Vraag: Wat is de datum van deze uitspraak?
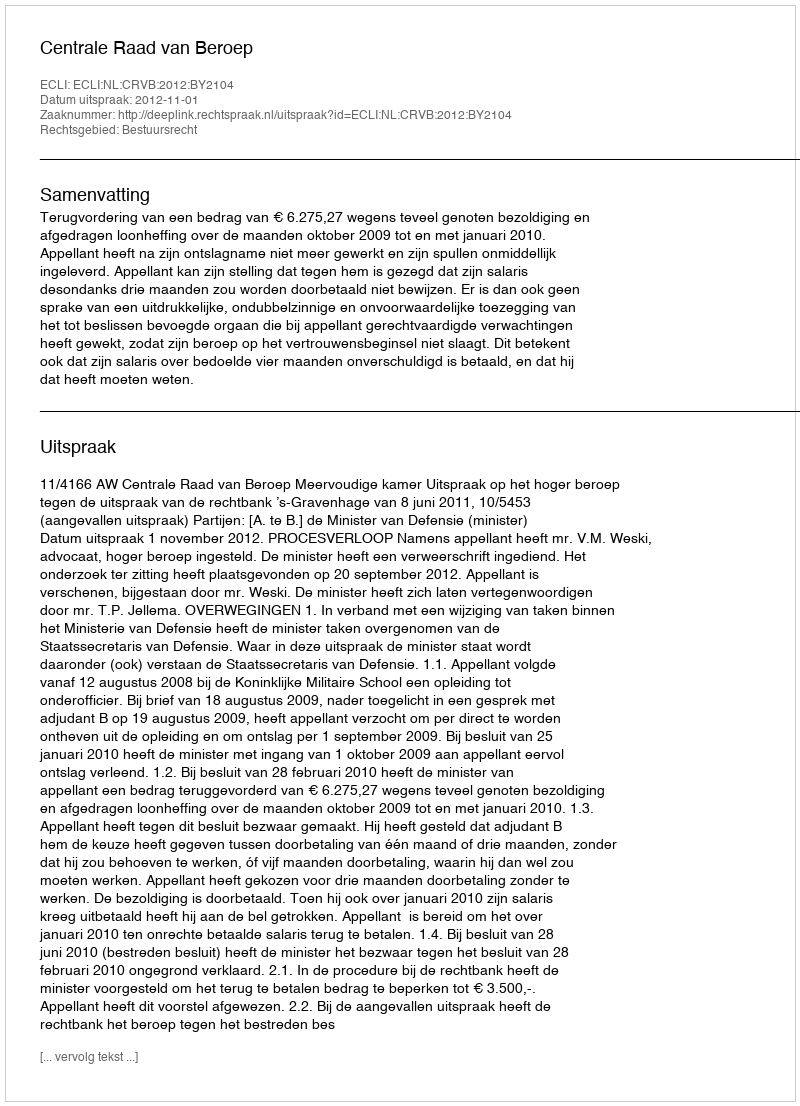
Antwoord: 2012-11-01